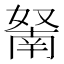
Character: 𱙬